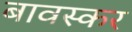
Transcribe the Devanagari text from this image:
बावस्कर